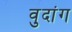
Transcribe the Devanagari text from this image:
वुदांग